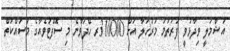
އަޝްމަލީ ވިދާޅުވީ ފުރަތަމަ މަރުހަލާ އަށް 310000ރ ހޭދަވާނެ މި ސޮފްޓުވެއާގެ މަސައްކަތް